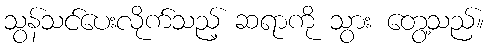
သွန်သင်ပေးလိုက်သည့် ဆရာကို သွား တွေ့သည်။